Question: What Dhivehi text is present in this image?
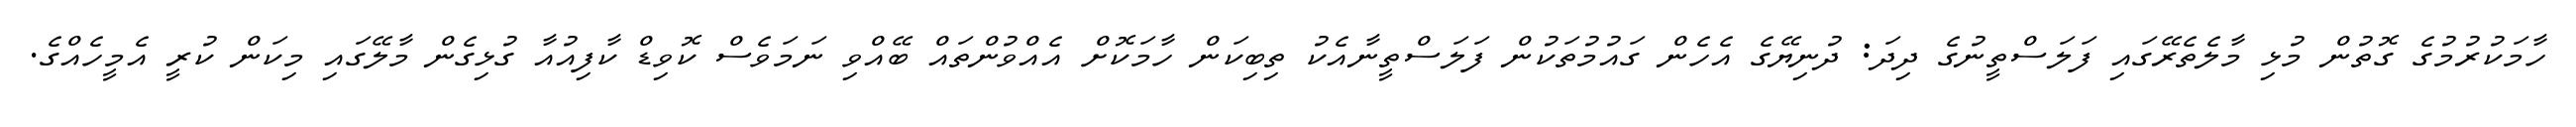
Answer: ހާމަކުރުމުގެ ގޮތުން މުޅި މާލެތެރޭގައި ފަލަސްތީނުގެ ދިދަ: ދުނިޔޭގެ އެހެން ގައުމުތަކުން ފަލަސްތީނާއެކު ތިބިކަން ހާމަކޮށް އެއްވުންތައް ބޭއްވި ނަމަވެސް ކޮވިޑް ކާފިއުއާ ގުޅިގެން މާލޭގައި މިކަން ކުރީ އެމީހެއްގެ.